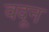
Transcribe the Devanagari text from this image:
वदून